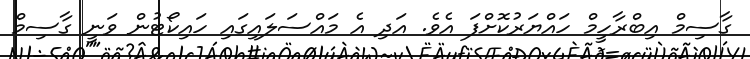
ގާސިމް އިބްރާހީމް ހައްޔަރުކޮށްފަ އެވެ. އަދި އެ މައްސަލައިގައި ހައިކޯޓުން ވަނީ ގާސިމް